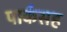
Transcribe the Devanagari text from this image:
पार्कसह